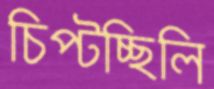
চিপ্‌টচ্ছিলি